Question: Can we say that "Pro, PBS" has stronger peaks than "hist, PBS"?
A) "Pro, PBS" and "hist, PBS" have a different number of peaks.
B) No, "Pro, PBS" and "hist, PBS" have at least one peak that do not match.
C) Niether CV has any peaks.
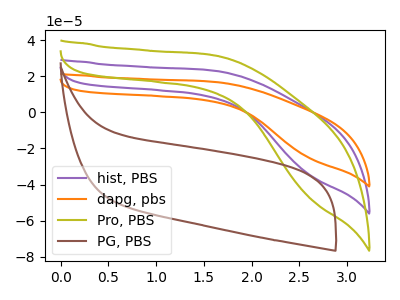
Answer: <think>The purple curve "hist, PBS" has no peaks. The orange curve "dapg, pbs" has no peaks. The olive curve "Pro, PBS" has no peaks. The brown curve "PG, PBS" has no peaks.</think>
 <answer>C) Niether CV has any peaks.</answer>
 <eval>C</eval>